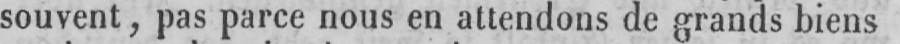
souvent, pas parce nous en attendons de grands biens